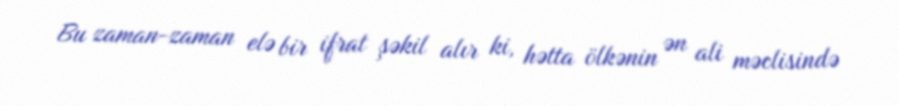
Bu zaman-zaman elə bir ifrat şəkil alır ki, hətta ölkənin ən ali məclisində